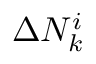
\Delta N _ { k } ^ { i }